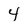
Character: 4